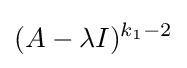
(A-\lambda I)^{k_{1}-2}